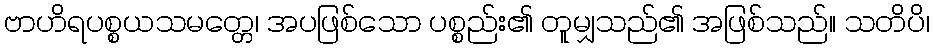
ဗာဟိရပစ္စယသမတ္တေ၊ အပဖြစ်သော ပစ္စည်း၏ တူမျှသည်၏ အဖြစ်သည်။ သတိပိ၊